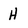
Character: H